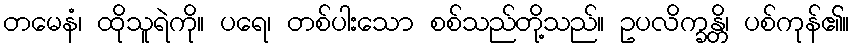
တမေနံ၊ ထိုသူရဲကို။ ပရေ၊ တစ်ပါးသော စစ်သည်တို့သည်။ ဥပလိက္ခန္တိ၊ ပစ်ကုန်၏။